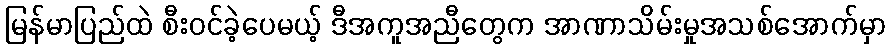
မြန်မာပြည်ထဲ စီးဝင်ခဲ့ပေမယ့် ဒီအကူအညီတွေက အာဏာသိမ်းမှုအသစ်အောက်မှာ